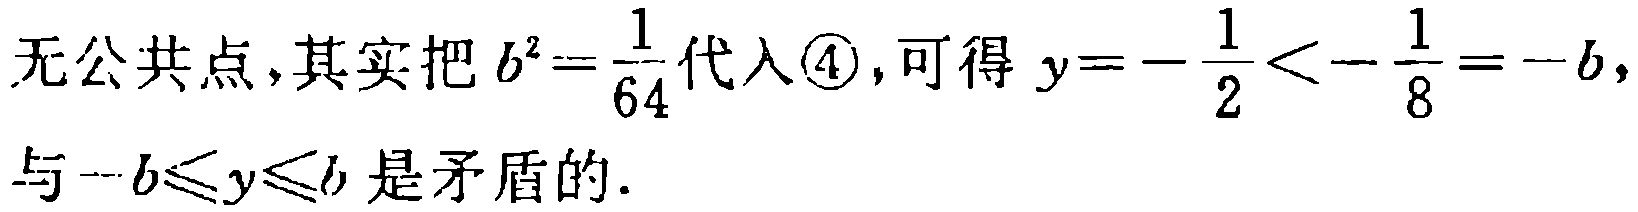
无公共点,其实把$b^{2}=\frac{1}{64}$代入\textcircled{4},可得$y = -\frac{1}{2}<-\frac{1}{8}=-b$,与$-b\leqslant y\leqslant b$是矛盾的.